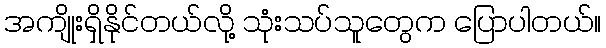
အကျိုးရှိနိုင်တယ်လို့ သုံးသပ်သူတွေက ပြောပါတယ်။